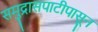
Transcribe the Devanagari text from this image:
समुद्रासपाटीपासून